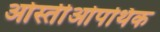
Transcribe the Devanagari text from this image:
ओस्तीओपथिक